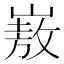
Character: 㟼